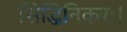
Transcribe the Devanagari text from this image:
सिद्धिनिकरः।